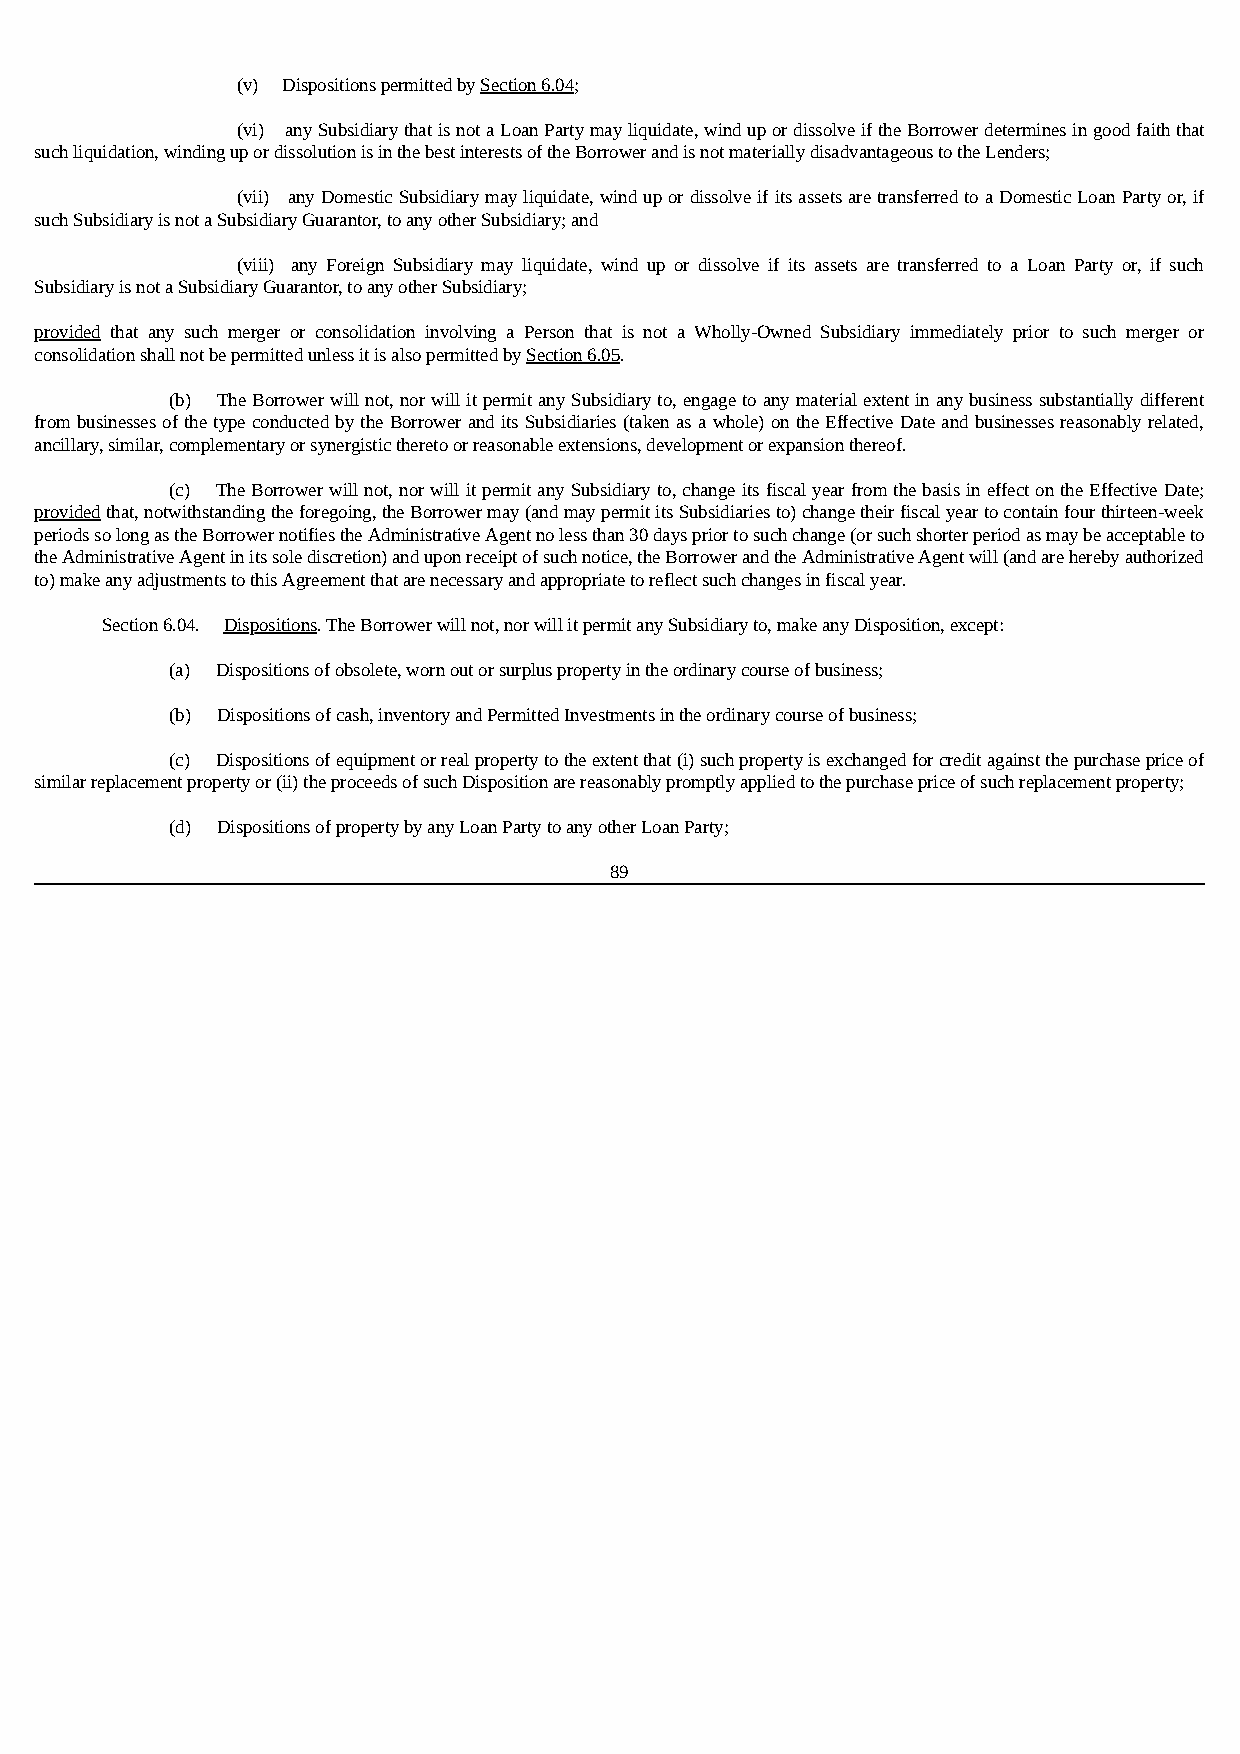
(v) Dispositions permitted by Section 6.04;
 (vi) any Subsidiary that is not a Loan Party may liquidate, wind up or dissolve if the Borrower determines in good faith that
 such liquidation, winding up or dissolution is in the best interests of the Borrower and is not materially disadvantageous to the Lenders;
 (vii) any Domestic Subsidiary may liquidate, wind up or dissolve if its assets are transferred to a Domestic Loan Party or, if
 such Subsidiary is not a Subsidiary Guarantor, to any other Subsidiary; and
 (viii) any Foreign Subsidiary may liquidate, wind up or dissolve if its assets are transferred to a Loan Party or, if such
 Subsidiary is not a Subsidiary Guarantor, to any other Subsidiary;
 provided that any such merger or consolidation involving a Person that is not a Wholly-Owned Subsidiary immediately prior to such merger or
 consolidation shall not be permitted unless it is also permitted by Section 6.05.
 (b) The Borrower will not, nor will it permit any Subsidiary to, engage to any material extent in any business substantially different
 from businesses of the type conducted by the Borrower and its Subsidiaries (taken as a whole) on the Effective Date and businesses reasonably related,
 ancillary, similar, complementary or synergistic thereto or reasonable extensions, development or expansion thereof.
 (c) The Borrower will not, nor will it permit any Subsidiary to, change its fiscal year from the basis in effect on the Effective Date;
 provided that, notwithstanding the foregoing, the Borrower may (and may permit its Subsidiaries to) change their fiscal year to contain four thirteen-week
 periods so long as the Borrower notifies the Administrative Agent no less than 30 days prior to such change (or such shorter period as may be acceptable to
 the Administrative Agent in its sole discretion) and upon receipt of such notice, the Borrower and the Administrative Agent will (and are hereby authorized
 to) make any adjustments to this Agreement that are necessary and appropriate to reflect such changes in fiscal year.
 Section 6.04. Dispositions. The Borrower will not, nor will it permit any Subsidiary to, make any Disposition, except:
 (a) Dispositions of obsolete, worn out or surplus property in the ordinary course of business;
 (b) Dispositions of cash, inventory and Permitted Investments in the ordinary course of business;
 (c) Dispositions of equipment or real property to the extent that (i) such property is exchanged for credit against the purchase price of
 similar replacement property or (ii) the proceeds of such Disposition are reasonably promptly applied to the purchase price of such replacement property;
 (d) Dispositions of property by any Loan Party to any other Loan Party;
 89